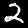
Digit: 2